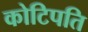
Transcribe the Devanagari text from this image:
कोटिपति